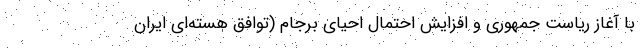
با آغاز ریاست جمهوری و افزایش احتمال احیای برجام (توافق هسته‌ای ایران